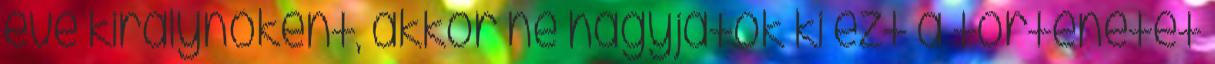
éve királynőként, akkor ne hagyjátok ki ezt a történetet